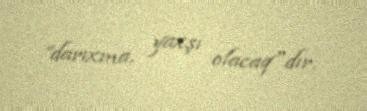
”darıxma, yaxşı olacaq"dır.